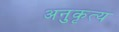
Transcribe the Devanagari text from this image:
अनुकृत्य